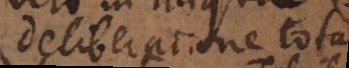
deliberatione tota